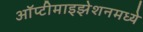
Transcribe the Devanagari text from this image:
ऑप्टीमाइझेशनमध्ये